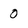
Character: 0